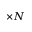
\times N